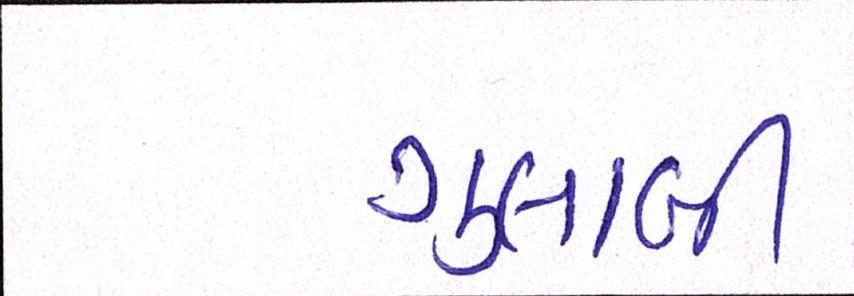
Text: ગુલાબી